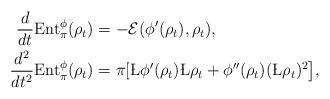
LaTeX: \begin{align*}\begin{aligned} \frac{d}{dt}\textrm{Ent}_\pi^\phi(\rho_t) &= -{\mathcal E}(\phi'(\rho_t),\rho_t), \\\frac{d^2}{dt^2}\textrm{Ent}_\pi^\phi(\rho_t) &= \pi[\L\phi'(\rho_t)\L\rho_t + \phi''(\rho_t)(\L\rho_t)^2\big],\end{aligned}\end{align*}